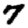
Digit: 7